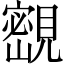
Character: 𡫨